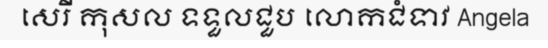
សេរី កុសល ទទួលជួប លោកជំទាវ Angela